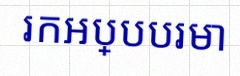
រកអប្បបរមា